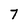
Character: 7